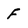
Character: F